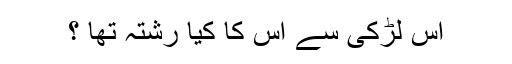
اس لڑکی سے اس کا کیا رشتہ تھا ؟